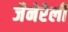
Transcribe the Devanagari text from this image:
जैनेरेली